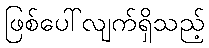
ဖြစ်ပေါ်လျက်ရှိသည့်